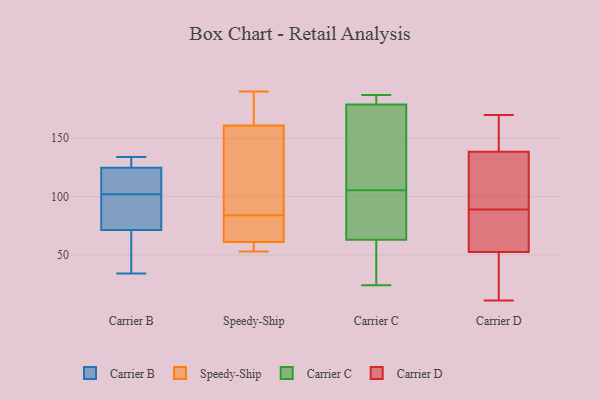
{"axis": {"x": "Customer Acquisition Cost (USD)", "y": "Value"}, "legend": ["Carrier B", "Carrier C", "Carrier D", "Speedy-Ship"], "data": [{"x": "", "y": 34, "type": "Carrier B"}, {"x": "", "y": 129, "type": "Carrier B"}, {"x": "", "y": 118, "type": "Carrier B"}, {"x": "", "y": 134, "type": "Carrier B"}, {"x": "", "y": 102, "type": "Carrier B"}, {"x": "", "y": 127, "type": "Carrier B"}, {"x": "", "y": 70, "type": "Carrier B"}, {"x": "", "y": 109, "type": "Carrier B"}, {"x": "", "y": 50, "type": "Carrier B"}, {"x": "", "y": 75, "type": "Carrier B"}, {"x": "", "y": 100, "type": "Carrier B"}, {"x": "", "y": 53, "type": "Speedy-Ship"}, {"x": "", "y": 54, "type": "Speedy-Ship"}, {"x": "", "y": 100, "type": "Speedy-Ship"}, {"x": "", "y": 61, "type": "Speedy-Ship"}, {"x": "", "y": 77, "type": "Speedy-Ship"}, {"x": "", "y": 91, "type": "Speedy-Ship"}, {"x": "", "y": 65, "type": "Speedy-Ship"}, {"x": "", "y": 161, "type": "Speedy-Ship"}, {"x": "", "y": 178, "type": "Speedy-Ship"}, {"x": "", "y": 190, "type": "Speedy-Ship"}, {"x": "", "y": 76, "type": "Carrier C"}, {"x": "", "y": 185, "type": "Carrier C"}, {"x": "", "y": 167, "type": "Carrier C"}, {"x": "", "y": 130, "type": "Carrier C"}, {"x": "", "y": 179, "type": "Carrier C"}, {"x": "", "y": 95, "type": "Carrier C"}, {"x": "", "y": 179, "type": "Carrier C"}, {"x": "", "y": 111, "type": "Carrier C"}, {"x": "", "y": 86, "type": "Carrier C"}, {"x": "", "y": 183, "type": "Carrier C"}, {"x": "", "y": 100, "type": "Carrier C"}, {"x": "", "y": 40, "type": "Carrier C"}, {"x": "", "y": 50, "type": "Carrier C"}, {"x": "", "y": 42, "type": "Carrier C"}, {"x": "", "y": 24, "type": "Carrier C"}, {"x": "", "y": 187, "type": "Carrier C"}, {"x": "", "y": 43, "type": "Carrier D"}, {"x": "", "y": 135, "type": "Carrier D"}, {"x": "", "y": 76, "type": "Carrier D"}, {"x": "", "y": 11, "type": "Carrier D"}, {"x": "", "y": 62, "type": "Carrier D"}, {"x": "", "y": 19, "type": "Carrier D"}, {"x": "", "y": 170, "type": "Carrier D"}, {"x": "", "y": 93, "type": "Carrier D"}, {"x": "", "y": 121, "type": "Carrier D"}, {"x": "", "y": 94, "type": "Carrier D"}, {"x": "", "y": 85, "type": "Carrier D"}, {"x": "", "y": 156, "type": "Carrier D"}, {"x": "", "y": 68, "type": "Carrier D"}, {"x": "", "y": 142, "type": "Carrier D"}, {"x": "", "y": 73, "type": "Carrier D"}, {"x": "", "y": 30, "type": "Carrier D"}, {"x": "", "y": 160, "type": "Carrier D"}, {"x": "", "y": 30, "type": "Carrier D"}, {"x": "", "y": 166, "type": "Carrier D"}, {"x": "", "y": 124, "type": "Carrier D"}]}